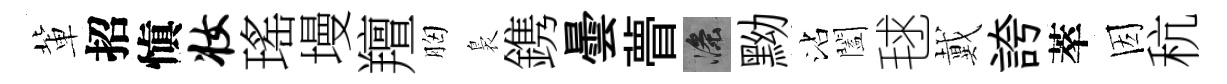
軰招愼妆瑤墁羶胸裊鎸曇瞢滌黝沾闔毬戴誇萃因秔